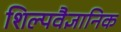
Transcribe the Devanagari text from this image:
शिल्पवैज्ञानिक